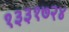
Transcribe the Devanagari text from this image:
१३३१७२४